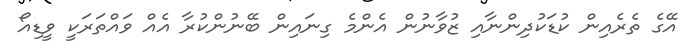
އޭގެ ތެރެއިން ކުޑަކުދިންނާއި ޒުވާނުން އެންމެ ގިނައިން ބޭނުންކުރާ އެއް ވައްތަރަކީ ވީޑިއޯ